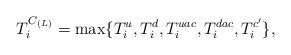
LaTeX: \begin{align*}T^{{C}_{(L)}}_{i}=\max\{T^{u}_{i}, T^{d}_{i}, T^{uac}_{i},T^{dac}_{i}, T^{c'}_{i}\},\end{align*}